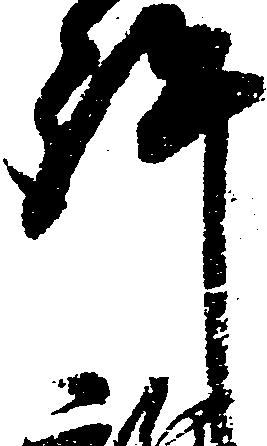
許